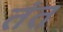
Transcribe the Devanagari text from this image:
तंत